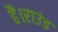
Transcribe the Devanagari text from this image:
है।राउंड